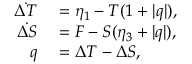
\begin{array} { r l } { \dot { \Delta T } } & { { } = \eta _ { 1 } - T ( 1 + | q | ) , } \\ { \dot { \Delta S } } & { { } = F - S ( \eta _ { 3 } + | q | ) , } \\ { q } & { { } = \Delta T - \Delta S , } \end{array}